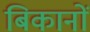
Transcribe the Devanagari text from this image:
बिकानों